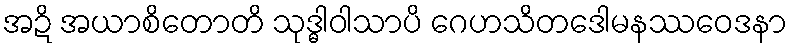
အဍိ အယာစိတောတိ သုဒ္ဓါဝါသာပိ ဂေဟသိတဒေါမနဿဝေဒနာ